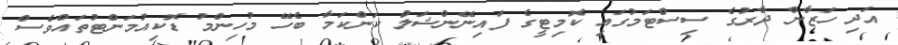
އަދި ހަޒާން ދާރުގެ ސިސްޓަމުގައި ކޮމިޓީގެ ފައިނޭންޝަލް ކަންކަމާ ބެހޭ މުހިންމު ޑޮކިއުމަންޓުތައްވެސް